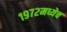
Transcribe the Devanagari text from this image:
१९७२मध्येच